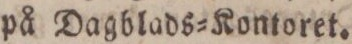
på Dagblads=Kontoret.